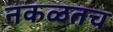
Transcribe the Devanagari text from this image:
नकळतच